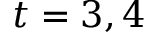
t = 3 , 4